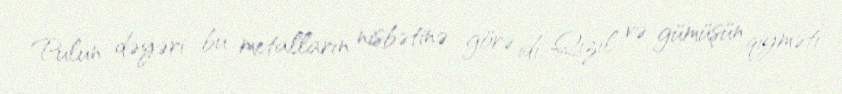
Pulun dəyəri bu metalların nisbətinə görə idi. Qızıl və gümüşün qiyməti